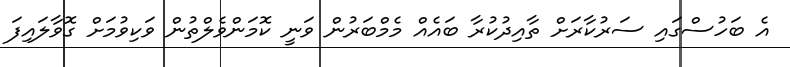
އެ ބަހުސްގައި ސަރުކާރަށް ތާއިދުކުރާ ބައެއް މެމްބަރުން ވަނީ ކޮމަންވެލްތުން ވަކިވުމަށް ގޮވާލައިފަ